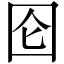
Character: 囵